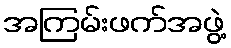
အကြမ်းဖက်အဖွဲ့